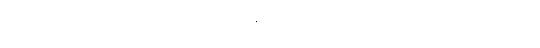
ဗာဓိတောတိ၊ ဟူသည်ကား။ လုဒ္ဒေန၊ မုဆိုးသည်။ အရညေ၊ တော၌။ ဗဒ္ဓေါ၊